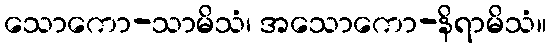
သောကော-သာမိသံ၊ အသောကော-နိရာမိသံ။